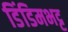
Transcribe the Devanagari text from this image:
डिंडिमभट्ट